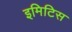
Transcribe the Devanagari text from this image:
इमिटिस